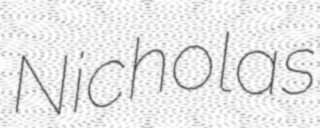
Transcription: Nicholas